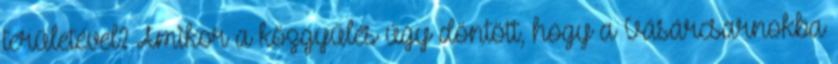
területével? Amikor a közgyűlés úgy döntött, hogy a Vásárcsarnokba